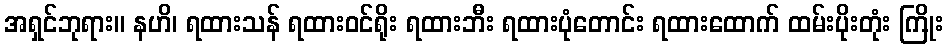
အရှင်ဘုရား။ နဟိ၊ ရထားသန် ရထားဝင်ရိုး ရထားဘီး ရထားပုံတောင်း ရထားထောက် ထမ်းပိုးတုံး ကြိုး